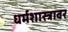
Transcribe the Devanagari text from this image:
धर्मशास्त्रावर